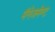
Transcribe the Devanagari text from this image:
मॅनेजमेण्ट